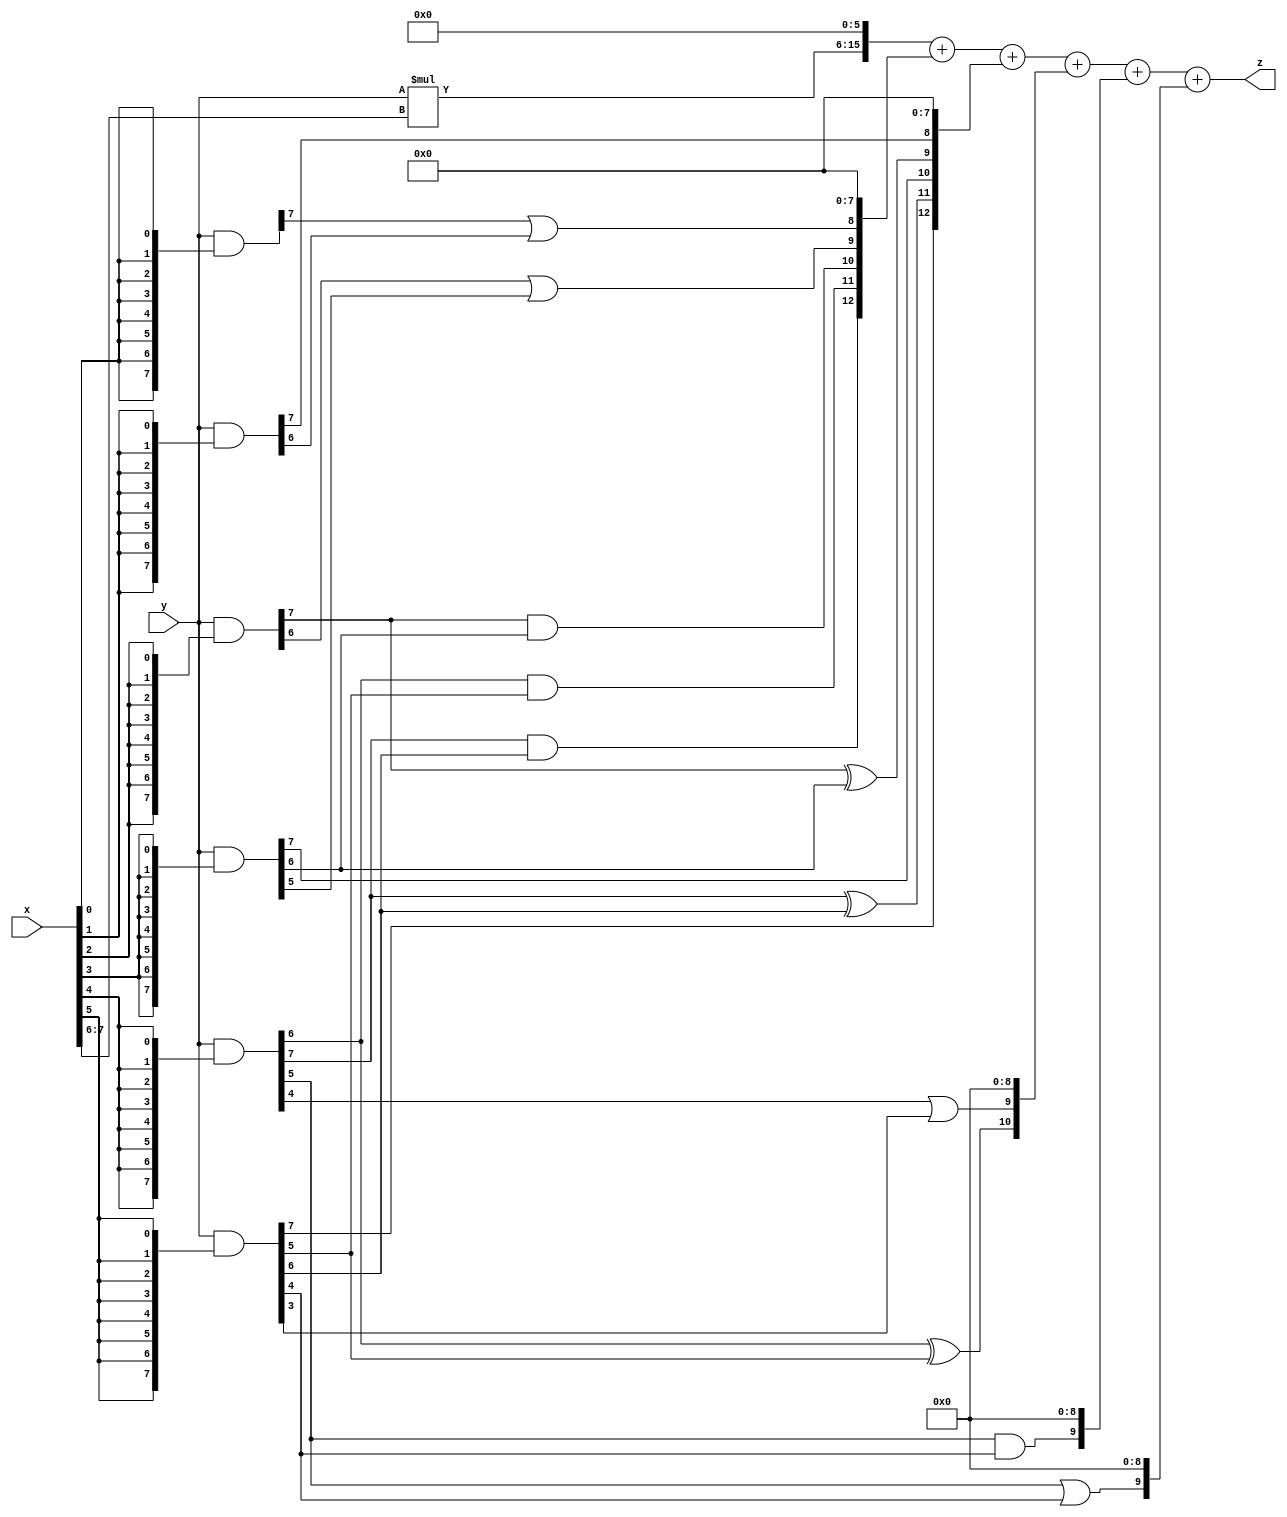
// terms: 14
// fval:  332654.25

module unsigned_8x8_l6_lamb20000_7 (
	input [7:0] x,
	input [7:0] y,
	output [15:0] z
);

wire [9:0] tmp_z = y*x[7:6];

wire [7:0] part1 =  y & {8{x[0]}};
wire [7:0] part2 =  y & {8{x[1]}};
wire [7:0] part3 =  y & {8{x[2]}};
wire [7:0] part4 =  y & {8{x[3]}};
wire [7:0] part5 =  y & {8{x[4]}};
wire [7:0] part6 =  y & {8{x[5]}};

wire [12:0] new_part1;
assign new_part1[0] = 0;
assign new_part1[1] = 0;
assign new_part1[2] = 0;
assign new_part1[3] = 0;
assign new_part1[4] = 0;
assign new_part1[5] = 0;
assign new_part1[6] = 0;
assign new_part1[7] = 0;
assign new_part1[8] = part1[7] | part2[6];
assign new_part1[9] = part3[6] | part4[5];
assign new_part1[10] = part3[7] & part4[6];
assign new_part1[11] = part5[6] & part6[5];
assign new_part1[12] = part5[7] & part6[6];

wire [12:0] new_part2;
assign new_part2[0] = 0;
assign new_part2[1] = 0;
assign new_part2[2] = 0;
assign new_part2[3] = 0;
assign new_part2[4] = 0;
assign new_part2[5] = 0;
assign new_part2[6] = 0;
assign new_part2[7] = 0;
assign new_part2[8] = part2[7];
assign new_part2[9] = part3[7] ^ part4[6];
assign new_part2[10] = part4[7];
assign new_part2[11] = part5[7] ^ part6[6];
assign new_part2[12] = part6[7];

wire [10:0] new_part3;
assign new_part3[0] = 0;
assign new_part3[1] = 0;
assign new_part3[2] = 0;
assign new_part3[3] = 0;
assign new_part3[4] = 0;
assign new_part3[5] = 0;
assign new_part3[6] = 0;
assign new_part3[7] = 0;
assign new_part3[8] = 0;
assign new_part3[9] = part5[4] | part6[3];
assign new_part3[10] = part5[6] ^ part6[5];

wire [9:0] new_part4;
assign new_part4[0] = 0;
assign new_part4[1] = 0;
assign new_part4[2] = 0;
assign new_part4[3] = 0;
assign new_part4[4] = 0;
assign new_part4[5] = 0;
assign new_part4[6] = 0;
assign new_part4[7] = 0;
assign new_part4[8] = 0;
assign new_part4[9] = part5[5] & part6[4];

wire [9:0] new_part5;
assign new_part5[0] = 0;
assign new_part5[1] = 0;
assign new_part5[2] = 0;
assign new_part5[3] = 0;
assign new_part5[4] = 0;
assign new_part5[5] = 0;
assign new_part5[6] = 0;
assign new_part5[7] = 0;
assign new_part5[8] = 0;
assign new_part5[9] = part5[5] | part6[4];

assign z = {tmp_z, 6'd 0} + new_part1 + new_part2 + new_part3 + new_part4 + new_part5;
endmodule